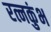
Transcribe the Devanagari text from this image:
रत्नकुंभ